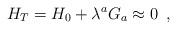
LaTeX: \begin{align*}H_T=H_0+\lambda ^a G_a\approx 0\,\,\, , \end{align*}